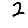
Digit: 2